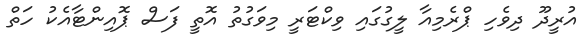
އުރީދޫ ދިވެހި ޕްރެމިއާ ލީގުގައި ވިކްޓަރީ މިވަގުތު އޮތީ ފަސް ޕޮއިންޓާއެކު ހަތް